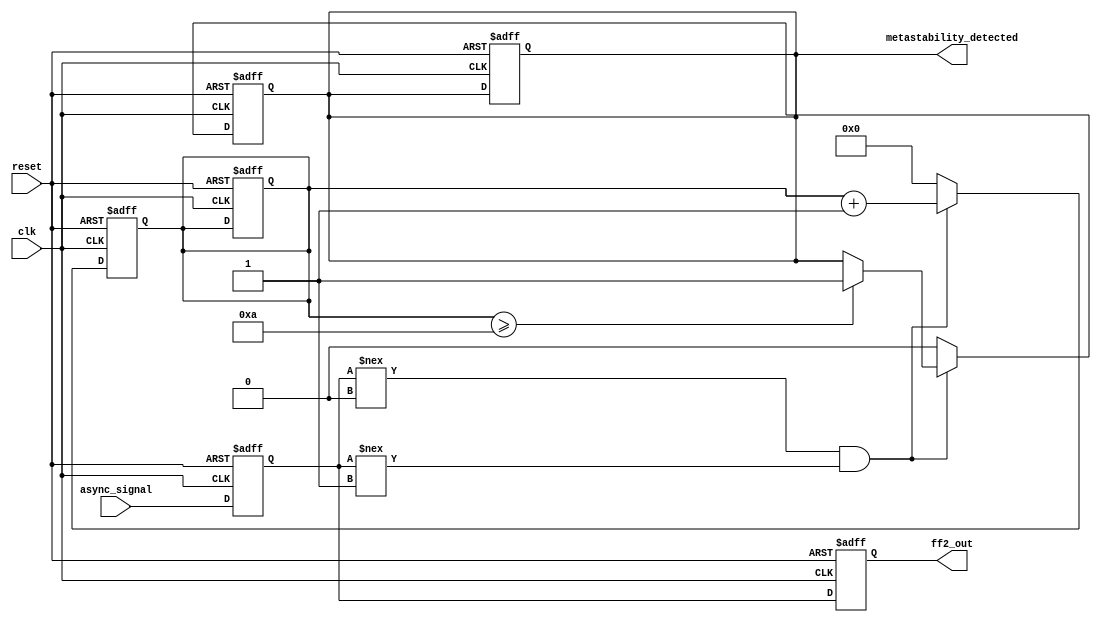
module metastability_detector (
    input wire clk,                // Clock signal
    input wire async_signal,       // Asynchronous input signal
    input wire reset,              // Reset signal
    output reg ff2_out,           // Synchronized output signal
    output reg metastability_detected // Metastability detection flag
);

    reg ff1_out;                  // Output of the first flip-flop
    reg [3:0] metastability_counter; // Counter for metastability detection

    // Parameters for metastability detection
    parameter METASTABILITY_THRESHOLD = 4'd10; // Adjust this value based on timing requirements

    // First flip-flop to sample the asynchronous signal
    always @(posedge clk or posedge reset) begin
        if (reset) begin
            ff1_out <= 1'b0;
            metastability_counter <= 4'b0;
            metastability_detected <= 1'b0;
        end else begin
            ff1_out <= async_signal;
        end
    end

    // Second flip-flop to synchronize the output
    always @(posedge clk or posedge reset) begin
        if (reset) begin
            ff2_out <= 1'b0;
        end else begin
            ff2_out <= ff1_out;
        end
    end

    // Metastability detection logic
    always @(posedge clk or posedge reset) begin
        if (reset) begin
            metastability_counter <= 4'b0;
            metastability_detected <= 1'b0;
        end else begin
            if (ff1_out !== 1'b0 && ff1_out !== 1'b1) begin
                // Increment counter if ff1_out is in an indeterminate state
                metastability_counter <= metastability_counter + 1;
                if (metastability_counter >= METASTABILITY_THRESHOLD) begin
                    metastability_detected <= 1'b1; // Metastability detected
                end
            end else begin
                // Reset the counter if ff1_out is stable
                metastability_counter <= 4'b0;
                metastability_detected <= 1'b0; // Clear metastability flag
            end
        end
    end

endmodule